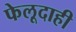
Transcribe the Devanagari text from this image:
फेलूदाही